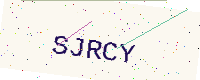
Text: SJRCY